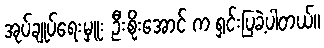
အုပ်ချုပ်ရေးမှူး ဦးစိုးအောင် က ရှင်းပြခဲ့ပါတယ်။